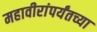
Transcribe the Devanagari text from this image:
महावीरांपर्यंतच्या